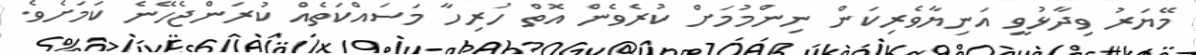
މޭޔަރު ވިދާޅުވީ އަނިޔާވެރިކަން ނިންމުމަށް ކުރެވެން އޮތް ހުރިހާ މަސައްކަތެއް ކުރަންޖެހޭނެ ކަމަށެވެ.